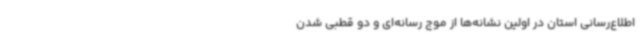
اطلاع‌رسانی استان در اولین نشانه‌ها از موج رسانه‌ای و دو قطبی شدن